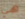
هي